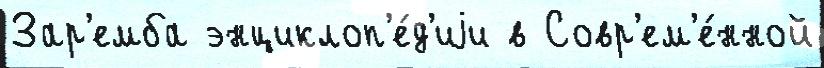
Зар'емба энциклоп'е́д'иjи в Совр'ем'е́нной